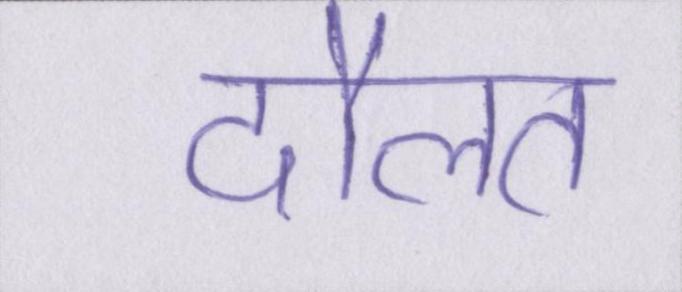
दौलत